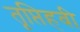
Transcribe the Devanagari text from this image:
तृप्तिहवी